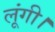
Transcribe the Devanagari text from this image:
लूंगी।